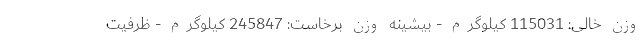
وزن خالی: 115031 کیلوگرم - بیشینه وزن برخاست: 245847 کیلوگرم - ظرفیت